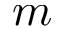
m